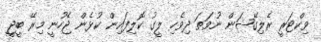
ވިކްޓަރީ ރެލިގޭޝަން ނުވަތަ ދިވެހި ލީގު ކޮލިފައިން ކުޅެން ޖެހުނީ މިރޭ ބީޖީ